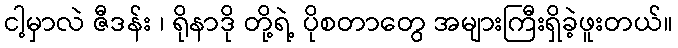
ငါ့မှာလဲ ဇီဒန်း ၊ ရိုနာဒို တို့ရဲ့ ပိုစတာတွေ အများကြီးရှိခဲ့ဖူးတယ်။